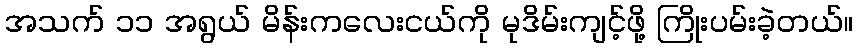
အသက် ၁၁ အရွယ် မိန်းကလေးငယ်ကို မုဒိမ်းကျင့်ဖို့ ကြိုးပမ်းခဲ့တယ်။